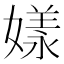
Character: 𡡂